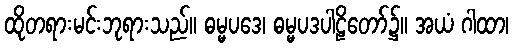
ထိုတရားမင်းဘုရားသည်။ ဓမ္မပဒေ၊ ဓမ္မပဒပါဠိတော်၌။ အယံ ဂါထာ၊